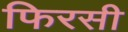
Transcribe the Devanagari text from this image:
फिरसी